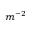
m ^ { - 2 }